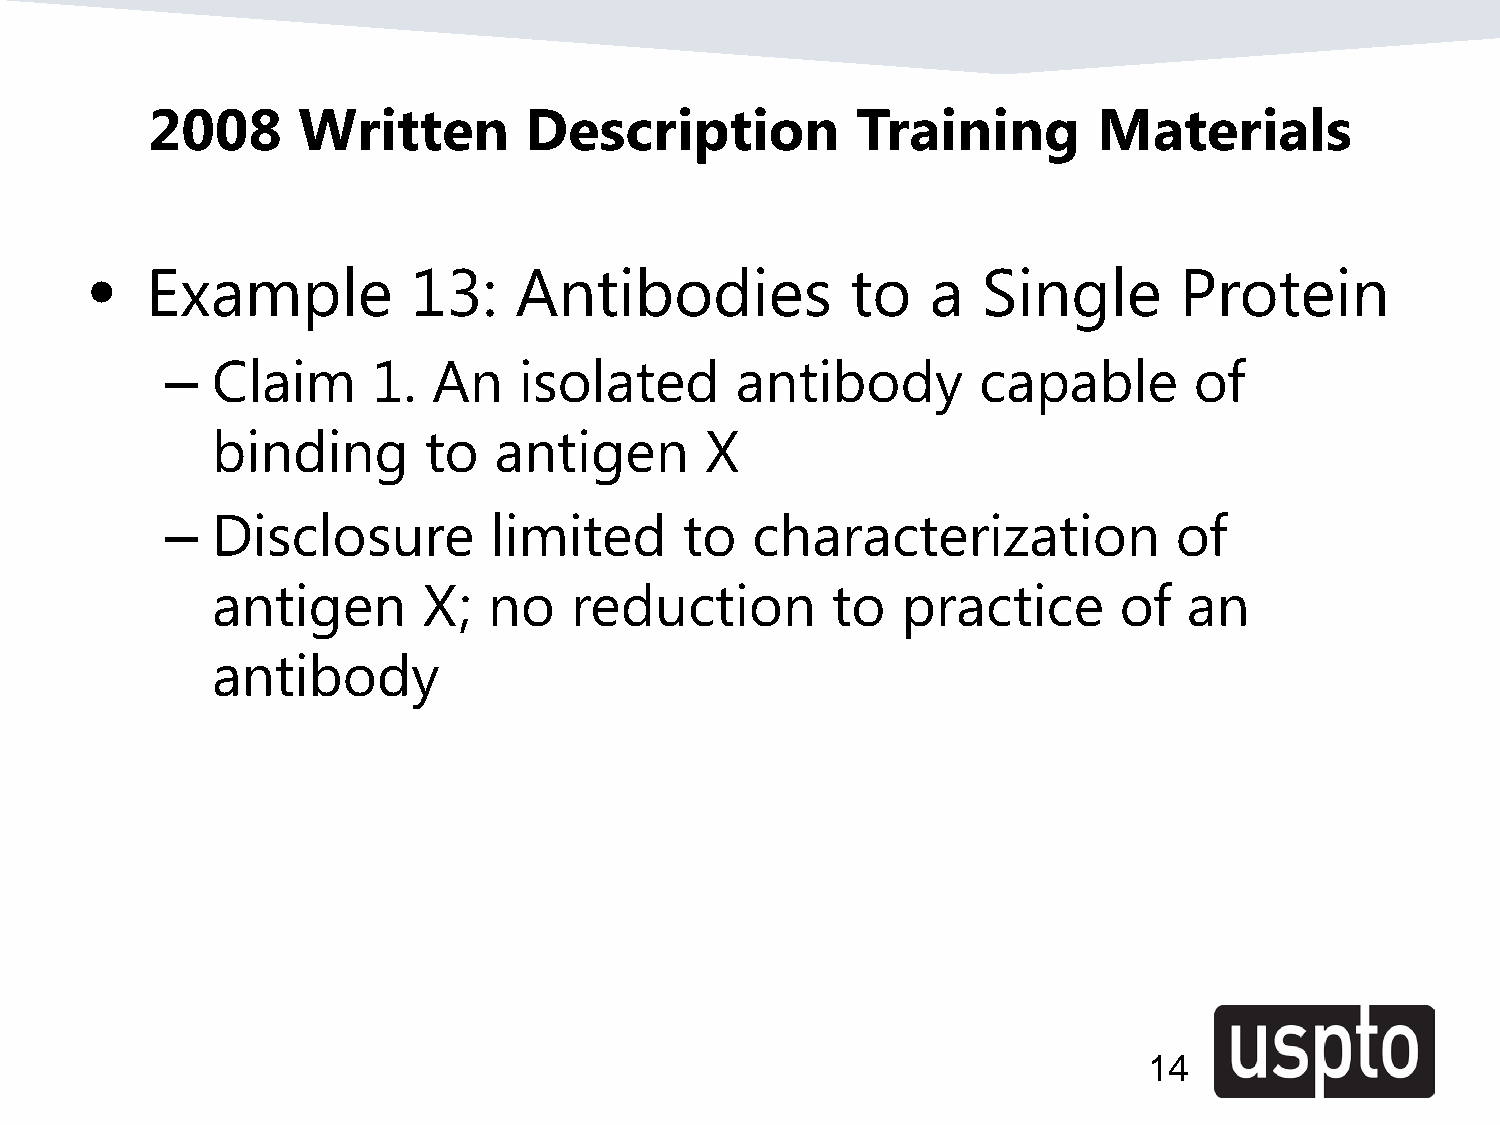
2008      Written        Description           Training        Materials
 •   Example          13:    Antibodies            to    a  Single       Protein
 –  Claim      1.  An   isolated       antibody        capable       of
 binding       to   antigen       X
 –  Disclosure        limited      to   characterization            of
 antigen       X;  no    reduction        to   practice      of   an
 antibody
 14
 14